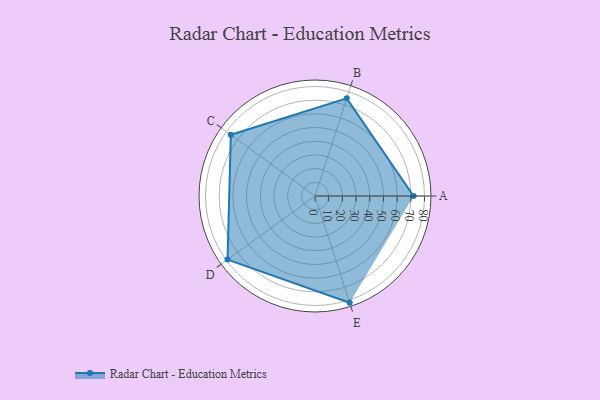
{"axis": {"x": "Skill", "y": "Score"}, "legend": ["Profile"], "data": [{"x": "A", "y": 72.0, "type": "Profile"}, {"x": "B", "y": 75.0, "type": "Profile"}, {"x": "C", "y": 76.0, "type": "Profile"}, {"x": "D", "y": 79.0, "type": "Profile"}, {"x": "E", "y": 82.0, "type": "Profile"}]}